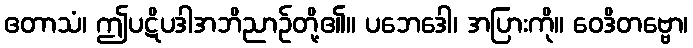
ဧတာသံ၊ ဤပဋိပဒါအဘိညာဉ်တို့၏။ ပဘေဒေါ၊ အပြားကို။ ဝေဒိတဗ္ဗော၊